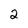
Character: 2